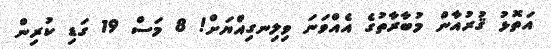
އަތޮޅު ޤުރުއާން މުބާރާތުގެ އެއްވަނަ ވިލިނގިއްޔަށް! 8 މަސް 19 ގަޑި ކުރިން